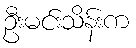
ဦးမင်းသိန်းက